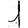
Digit: 1